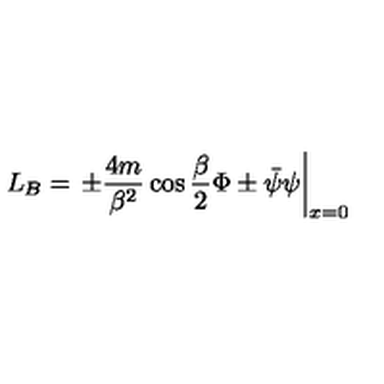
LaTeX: L _ { B } = \left. \pm \frac { 4 m } { \beta ^ { 2 } } \cos \frac { \beta } { 2 } \Phi \pm \bar { \psi } \psi \right| _ { x = 0 }